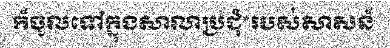
ក៏ចូលទៅក្នុងសាលាប្រជុំ*របស់សាសន៍